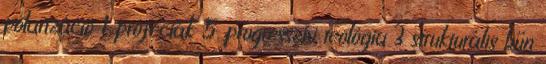
polarizáció 1 próféciák 5 progresszív teológia 3 strukturális bűn